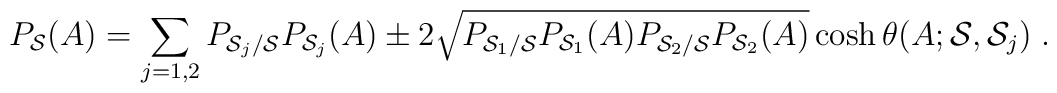
P_{{\cal S}}(A)= \sum_{j=1,2} P_{{\cal S}_j/{\cal S}}  P_{{\cal S}_j}(A) \pm2 \sqrt{P_{{\cal S}_1/{\cal S}}  P_{{\cal S}_1}(A)P_{{\cal S}_2/{\cal S}}  P_{{\cal S}_2}(A)} \cosh \theta(A; {\cal S}, {\cal S}_j)\;.